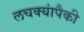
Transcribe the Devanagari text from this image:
लचक्यांपैकी